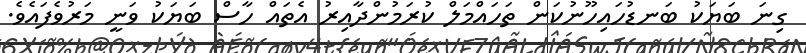
ގިނަ ބަޔަކު ބަނޑުހައިހޫނުކަން ތަހައްމަލް ކުރަމުންދާއިރު އެތައް ހާސް ބަޔަކު ވަނީ މަރުވެފައެވެ.